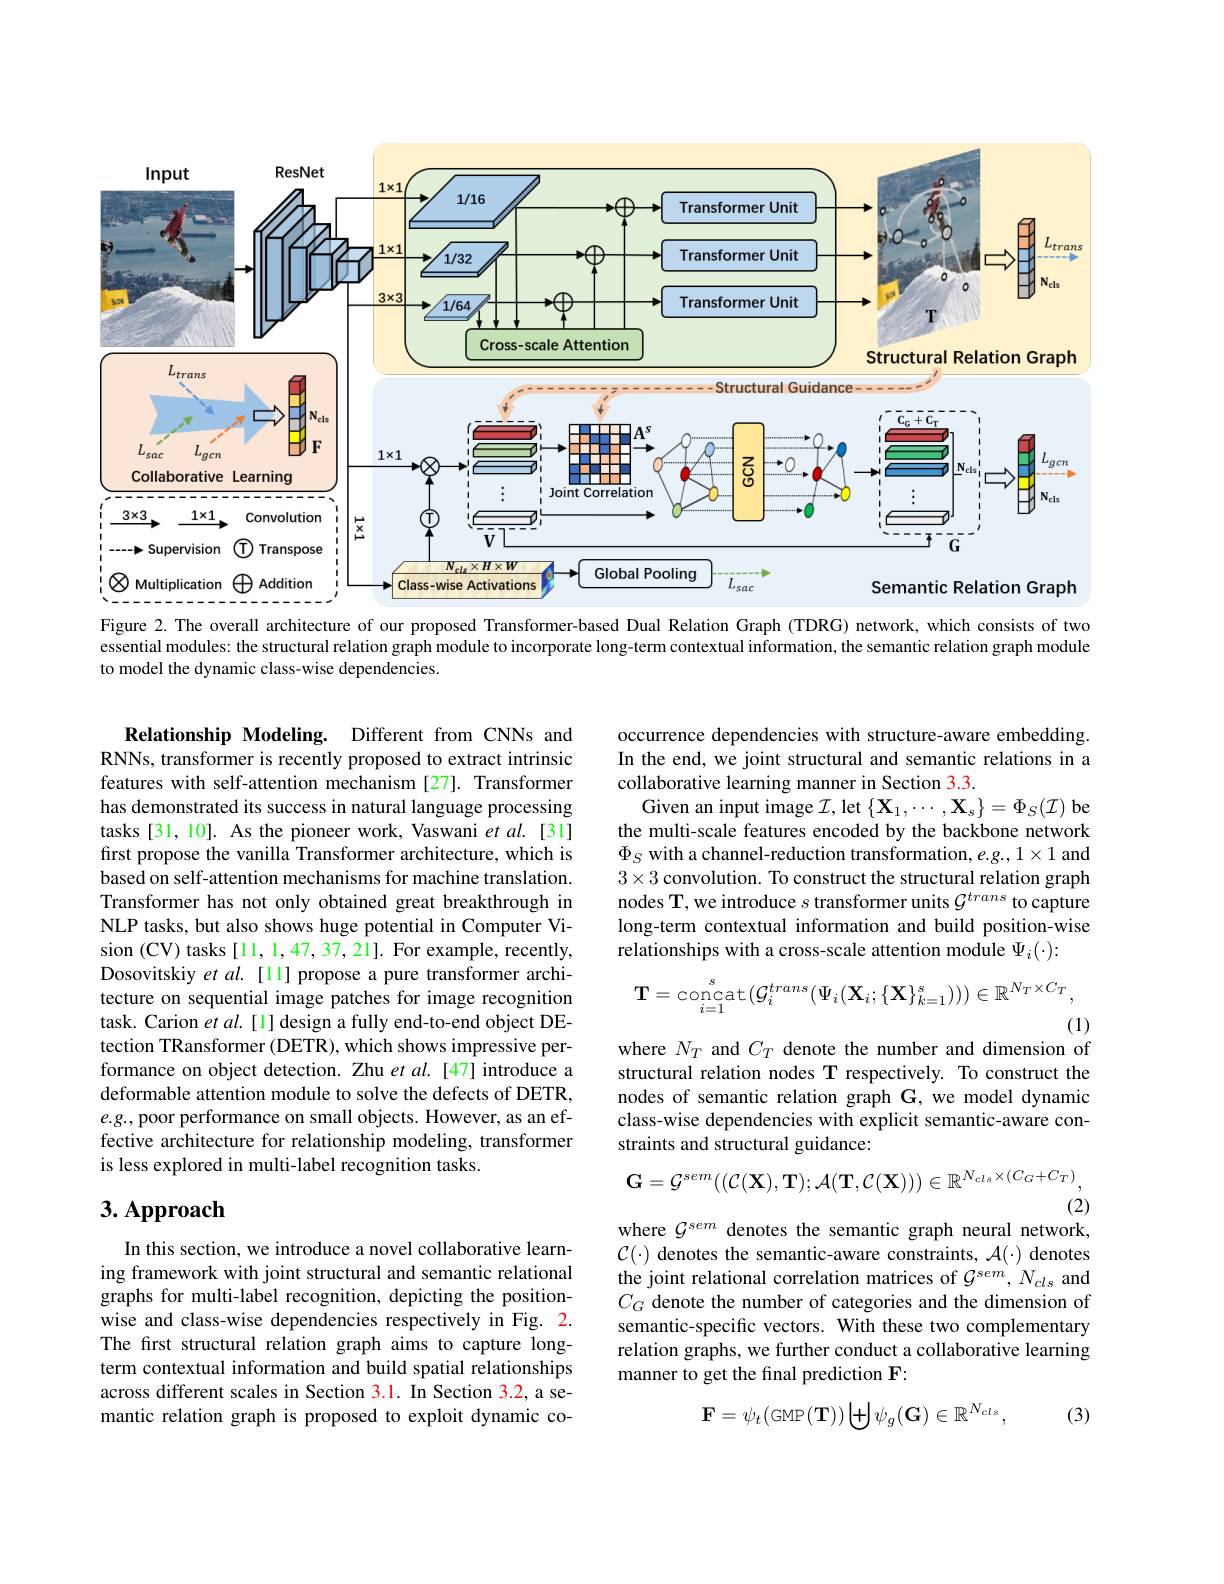
<FigureHere>
Figure 2. The overall architecture of our proposed Transformer-based Dual Relation Graph (TDRG) network, which consists of two

essential modules: the structural relation graph module to incorporate long-term contextual information, the semantic relation graph module
to model the dynamic class-wise dependencies.

occurrence dependencies with structure-aware embedding. In the end, we joint structural and semantic relations in a collaborative learning manner in Section 3.3.
Given an input image $\mathcal{I}$, let $\{\mathbf{X}_1,\cdots,\mathbf{X}_s\}=\Phi_S(\mathcal{I})$ be the multi-scale features encoded by the backbone network $\Phi_{S}$ with a channel-reduction transformation, e.g., 1×1 and $3\times3$ convolution. To construct the structural relation graph nodes T, we introduce $s$ transformer units $\mathcal{G}^trans$ to capture long-term contextual information and build position-wise relationships with a cross-scale attention module $\Psi_i(\cdot):$

Relationship Modeling. Different from CNNs and RNNs, transformer is recently proposed to extract intrinsic features with self-attention mechanism [27]. Transformer has demonstrated its success in natural language processing tasks [31, 10]. As the pioneer work, Vaswani et al. [31] first propose the vanilla Transformer architecture, which is based on self-attention mechanisms for machine translation. Transformer has not only obtained great breakthrough in NLP tasks, but also shows huge potential in Computer Vision (CV) tasks [11,1,47,37,21]. For example, recently, Dosovitskiy et al. [11] propose a pure transformer architecture on sequential image patches for image recognition task. Carion $\hat etal.[1]$ design a fully end-to-end object DEtection TRansformer (DETR), which shows impressive performance on object detection. Zhu $et\textit{al. [ 47] introduce a}$ deformable attention module to solve the defects of DETR, $e.g.$, poor performance on small objects. However, as an effective architecture for relationship modeling, transformer is less explored in multi-label recognition tasks.
$$\mathbf{T}=\mathop{\mathrm{concat}}_{i=1}^{s}(\mathcal{G}_{i}^{trans}(\Psi_{i}(\mathbf{X}_{i};\{\mathbf{X}\}_{k=1}^{s})))\in\mathbb{R}^{N_{T}\times C_{T}},$$
(1)
where $N_T$ and $C_T$ denote the number and dimension of

structural relation nodes T respectively. To construct the nodes of semantic relation graph G, we model dynamic class-wise dependencies with explicit semantic-aware constraints and structural guidance:
$$\mathbf{G}=\mathcal G^{sem}((\mathcal C(\mathbf{X}),\mathbf{T});\mathcal A(\mathbf{T},\mathcal C(\mathbf{X})))\in\mathbb{R}^{N_{cls}\times(C_{G}+C_{T})},$$
(2)
where $\mathcal{G}^{sem}$ denotes the semantic graph neural network,

## 3. Approach

$\mathcal{C}(\cdot)$ denotes the semantic-aware constraints, $\mathcal{A}(\cdot)$ denotes the joint relational correlation matrices of $\mathcal{G}^{sem},N_{cls}$ and $C_G$ denote the number of categories and the dimension of semantic-specific vectors. With these two complementary relation graphs, we further conduct a collaborative learning manner to get the final prediction F:

In this section, we introduce a novel collaborative learning framework with joint structural and semantic relational graphs for multi-label recognition, depicting the positionwise and class-wise dependencies respectively in Fig. 2. The first structural relation graph aims to capture longterm contextual information and build spatial relationships across different scales in Section 3.1. In Section 3.2, a semantic relation graph is proposed to exploit dynamic co-

(3)
$$\mathbf{F}=\psi_t(\mathrm{GMP}(\mathbf{T}))\biguplus\psi_g(\mathbf{G})\in\mathbb{R}^{N_{cls}},$$